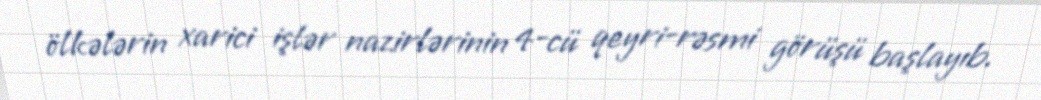
ölkələrin xarici işlər nazirlərinin 4-cü qeyri-rəsmi görüşü başlayıb.